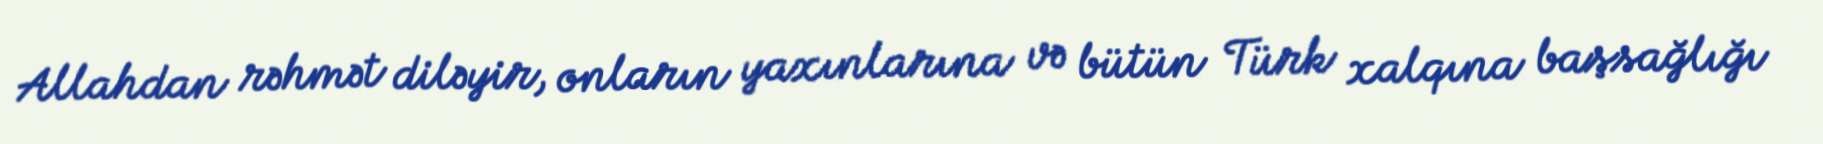
Allahdan rəhmət diləyir, onların yaxınlarına və bütün Türk xalqına başsağlığı